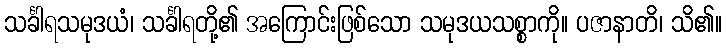
သင်္ခါရသမုဒယံ၊ သင်္ခါရတို့၏ အကြောင်းဖြစ်သော သမုဒယသစ္စာကို။ ပဇာနာတိ၊ သိ၏။